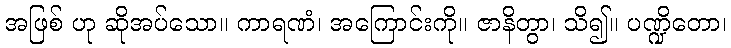
အဖြစ် ဟု ဆိုအပ်သော။ ကာရဏံ၊ အကြောင်းကို။ ဇာနိတွာ၊ သိ၍။ ပဏ္ဍိတော၊